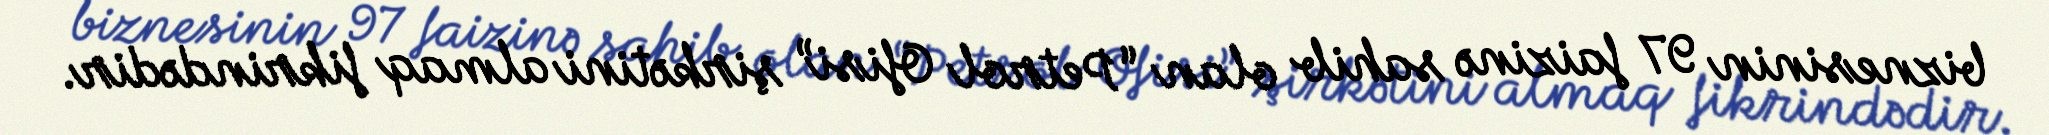
biznesinin 97 faizinə sahib olan “Petrol Ofisi” şirkətini almaq fikrindədir.